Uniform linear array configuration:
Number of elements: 8
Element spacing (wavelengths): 1
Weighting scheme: cosine
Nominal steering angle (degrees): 15
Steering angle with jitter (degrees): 15.956
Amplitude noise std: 0.05
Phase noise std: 0.05

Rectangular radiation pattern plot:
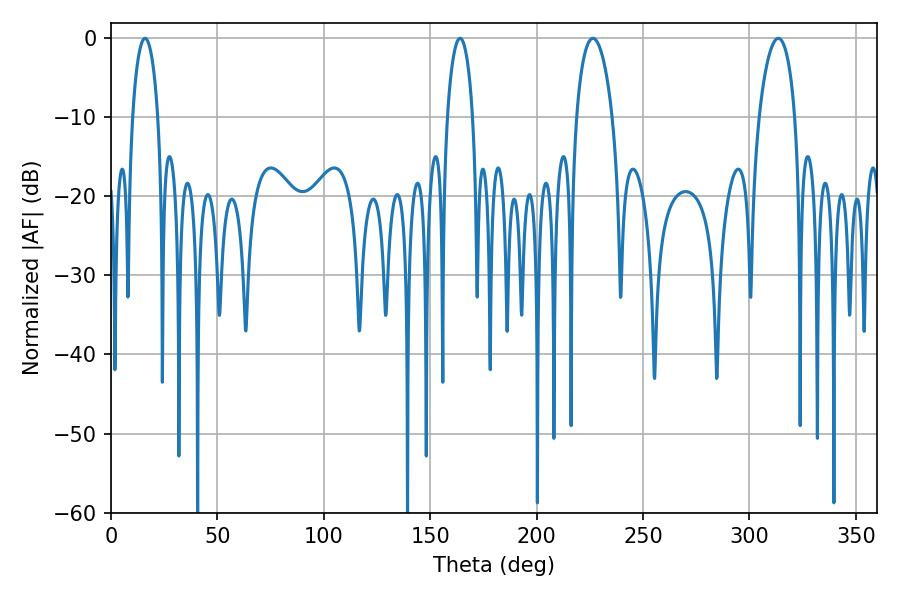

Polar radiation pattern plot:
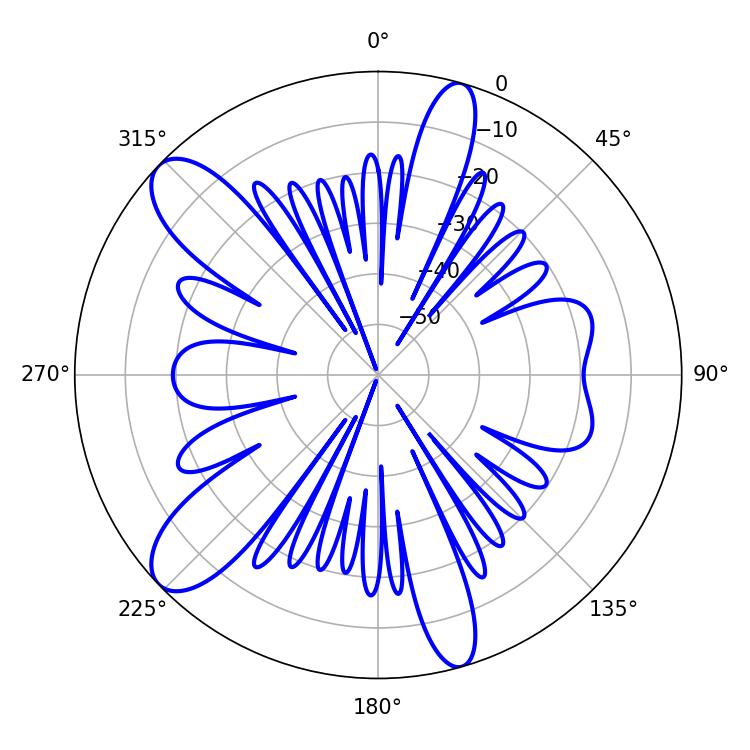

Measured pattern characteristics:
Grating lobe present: TRUE
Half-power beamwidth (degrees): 9.54
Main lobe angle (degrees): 226.44